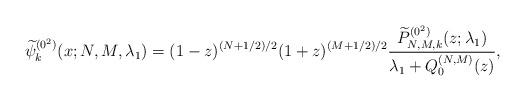
LaTeX: \begin{gather*} \widetilde{\psi }_{k}^{(0^{2})}(x;N,M,\lambda _{1})=( 1-z) ^{(N+1/2) /2}(1+z) ^{(M+1/2) /2}\frac{\widetilde{P}_{N,M,k}^{(0^{2})}(z; \lambda_1) }{ \lambda _{1}+Q_{0}^{(N,M) }(z) },\end{gather*}